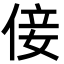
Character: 倿